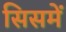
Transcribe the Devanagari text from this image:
सिसमें